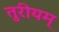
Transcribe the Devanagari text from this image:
तुरीयम्